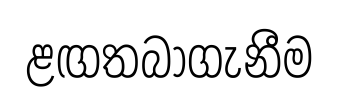
ළඟතබාගැනීම